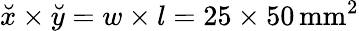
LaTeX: \breve{x}\times\breve{y}=w\times l=25\times 50\, \textrm{mm}^{2}